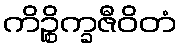
ကိဉ္စိက္ခဇီဝိတံ